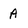
Character: A